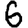
Digit: 6